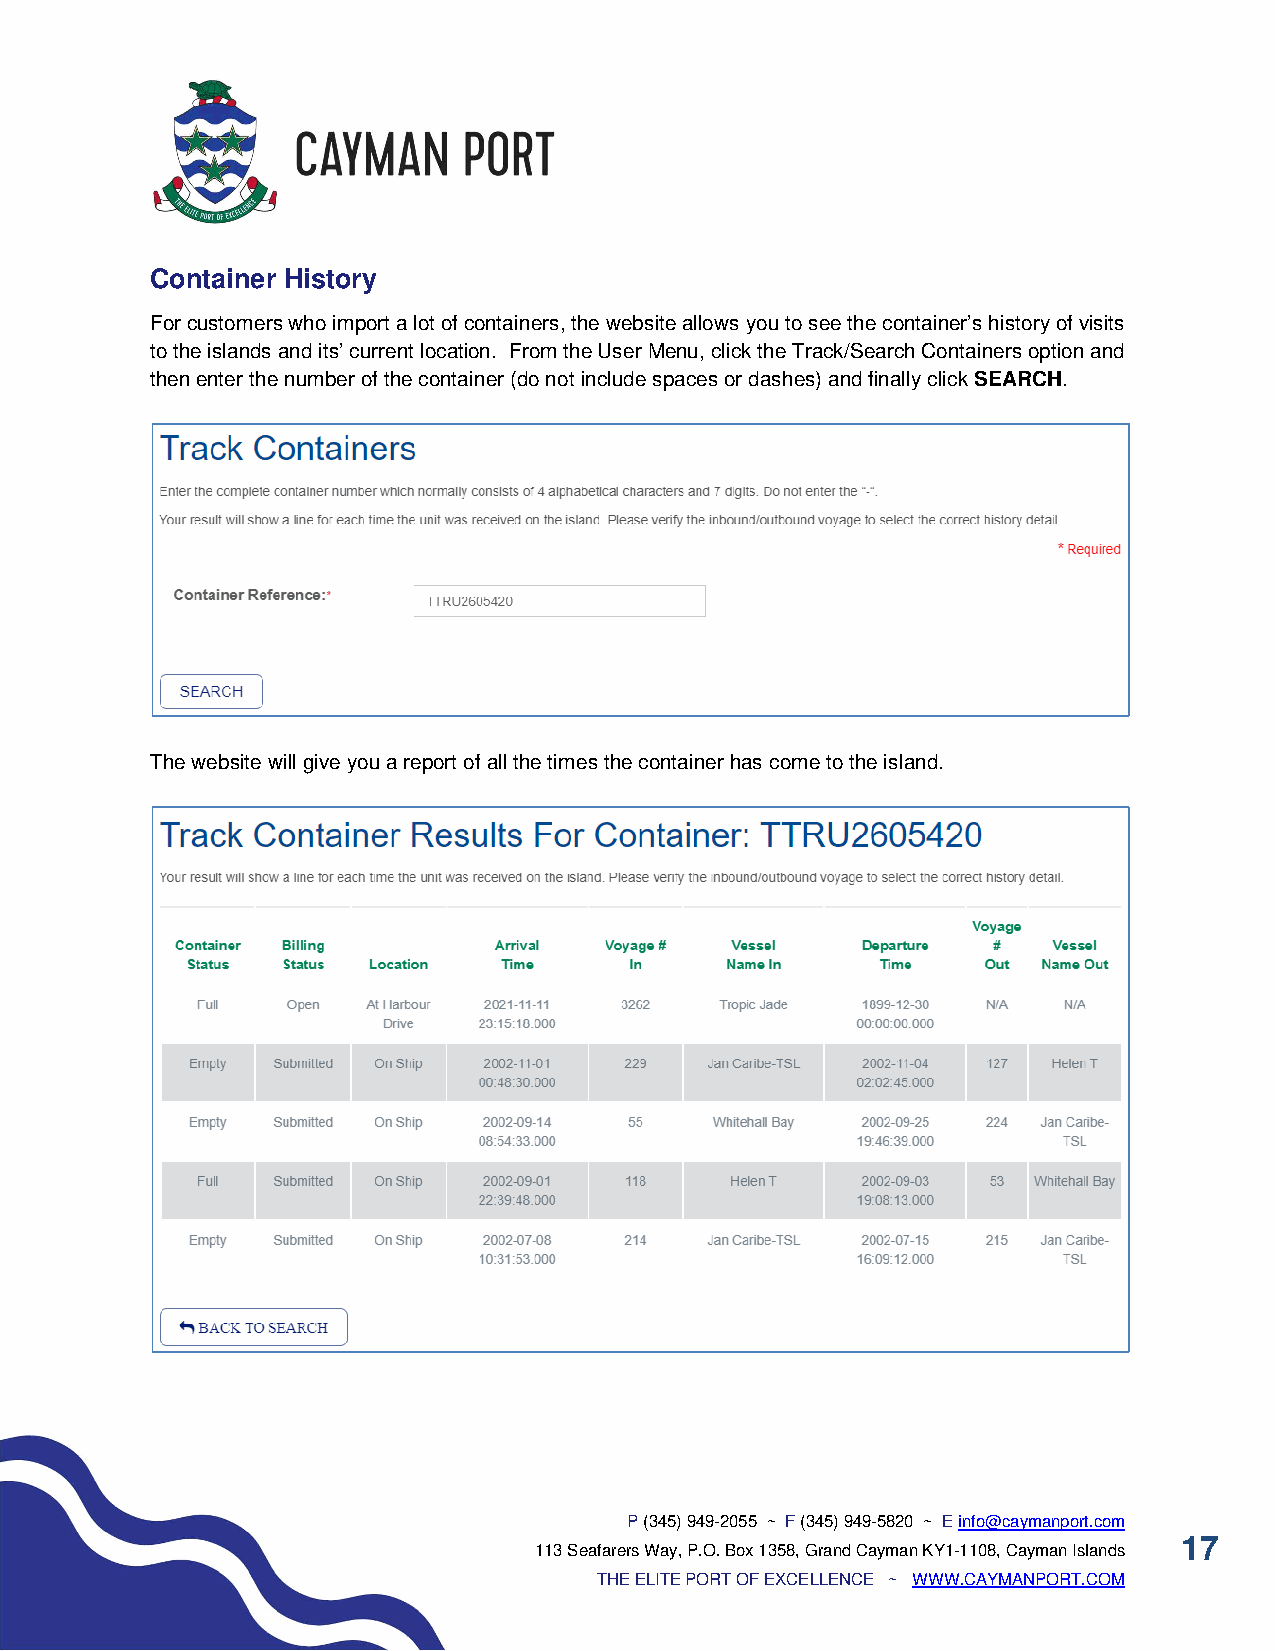
Container History
 For customers who import a lot of containers, the website allows you to see the container’s history of visits
 to the islands and its’ current location. From the User Menu, click the Track/Search Containers option and
 then enter the number of the container (do not include spaces or dashes) and finally click SEARCH.
 The website will give you a report of all the times the container has come to the island.
 P (345) 949-2055 ~ F (345) 949-5820 ~ E info@caymanport.com
 17
 113 Seafarers Way, P.O. Box 1358, Grand Cayman KY1-1108, Cayman Islands
 THE ELITE PORT OF EXCELLENCE ~ WWW.CAYMANPORT.COM